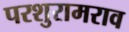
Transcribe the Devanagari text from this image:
परशुरामराव